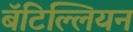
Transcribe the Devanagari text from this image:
बॅटिल्लियन